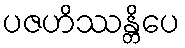
ပဇဟိဿန္တိပေ